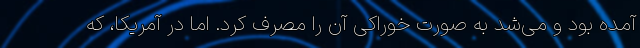
آمده بود و می‌شد به صورتِ خوراکی آن را مصرف کرد. اما در آمریکا، که